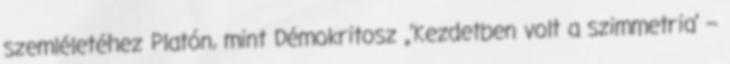
szemléletéhez Platón, mint Démokritosz „’Kezdetben volt a szimmetria’ –